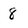
Character: 8